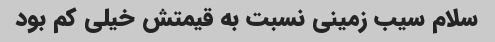
سلام سیب زمینی نسبت به قیمتش خیلی کم بود